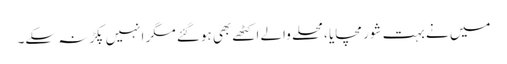
میں نے بہت شور مچایا ،محلے والے اکٹھے بھی ہوگئے مگر انہیں پکڑنہ سکے۔